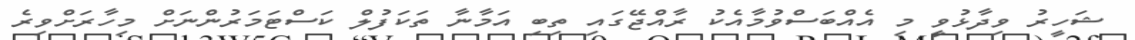
ޝަހީރު ވިދާޅުވީ މި އެއްބަސްވުމާއެކު ރާއްޖޭގައި ތިބި އަމާނާ ތަކަފުލް ކަސްޓަމަރުންނަށް މިހާރަށްވިރެ